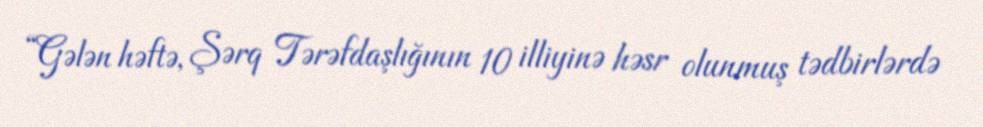
“Gələn həftə, Şərq Tərəfdaşlığının 10 illiyinə həsr olunmuş tədbirlərdə